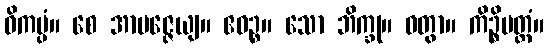
ဝိကပ္ပံ။ စေ အာပဇ္ဇေယျ။ ဧဝဉ္စ။ သော ဘိက္ခု။ ဝတွာ။ ကိဉ္စိမတ္တံ။